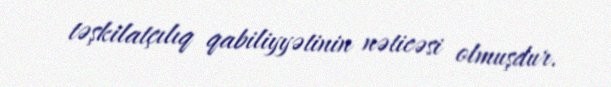
təşkilatçılıq qabiliyyətinin nəticəsi olmuşdur.